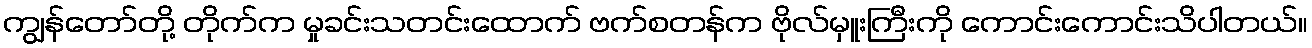
ကျွန်တော်တို့ တိုက်က မှုခင်းသတင်းထောက် ဗက်စတန်က ဗိုလ်မှူးကြီးကို ကောင်းကောင်းသိပါတယ်။